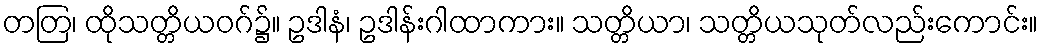
တတြ၊ ထိုသတ္တိယဝဂ်၌။ ဥဒါနံ၊ ဥဒါန်းဂါထာကား။ သတ္တိယာ၊ သတ္တိယသုတ်လည်းကောင်း။